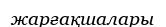
жарғақшалары